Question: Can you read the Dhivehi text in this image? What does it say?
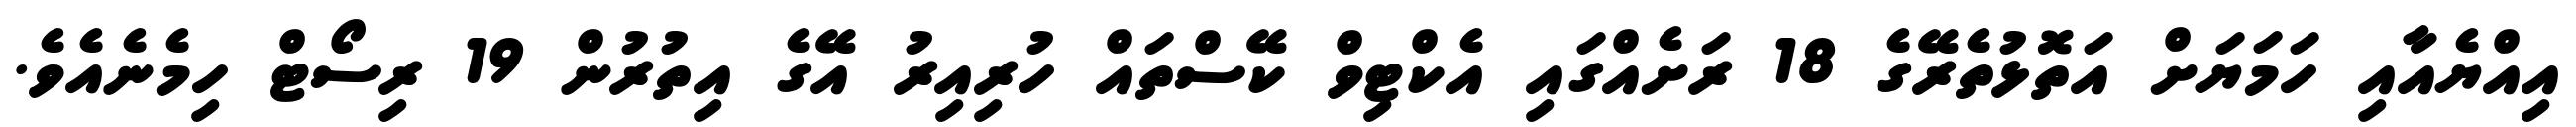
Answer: އިއްޔެއާއި ހަމަޔަށް އަތޮޅުތެރޭގެ 18 ރަށެއްގައި އެކްޓިވް ކޭސްތައް ހުރިއިރު އޭގެ އިތުރުން 19 ރިސޯޓް ހިމެނެއެވެ.